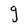
Character: g